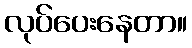
လုပ်ပေးနေတာ။